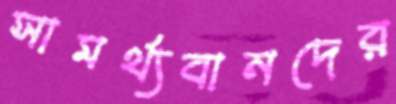
সামর্থ্যবানদের